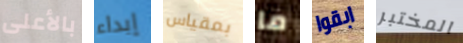
بالأعلى إبداء بمقياس ما ابقوا المختبر